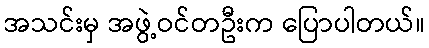
အသင်းမှ အဖွဲ့ဝင်တဦးက ပြောပါတယ်။